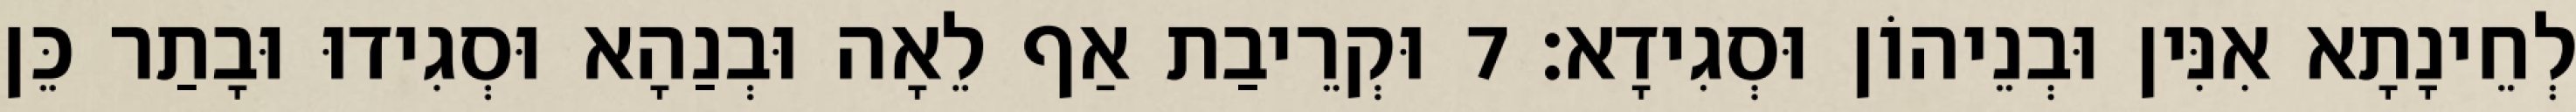
לְחֵינָתָא אִנִּין וּבְנֵיהוֹן וּסְגִידָא׃ 7 וּקְרֵיבַת אַף לֵאָה וּבְנַהָא וּסְגִידוּ וּבָתַר כֵּן